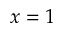
x = 1